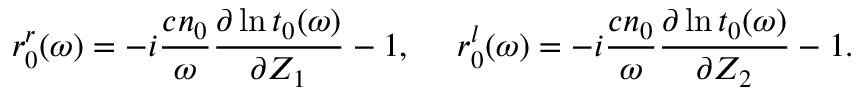
r _ { 0 } ^ { r } ( \omega ) = - { i } \frac { c n _ { 0 } } { \omega } { \frac { \partial \ln t _ { 0 } ( \omega ) } { \partial Z _ { 1 } } } - 1 , \ \ \ \ r _ { 0 } ^ { l } ( \omega ) = - { i } \frac { c n _ { 0 } } { \omega } { \frac { \partial \ln t _ { 0 } ( \omega ) } { \partial Z _ { 2 } } } - 1 .